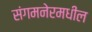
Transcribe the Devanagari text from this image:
संगमनेरमधील